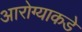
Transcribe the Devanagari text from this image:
आरोग्याकडे